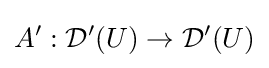
A':{\mathcal {D}}'(U)\to {\mathcal {D}}'(U)